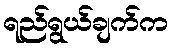
ရည်ရွယ်ချက်က